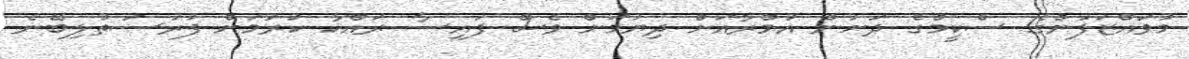
މުވައްޒަފުންގެ ސްކީމްގެ ދަށުން އުމްރާއަށް ދިޔުމަށް ވެސް ފައިސާ ރައްކާ ކުރުމަށް ފުރުސަތުލިބޭނެ